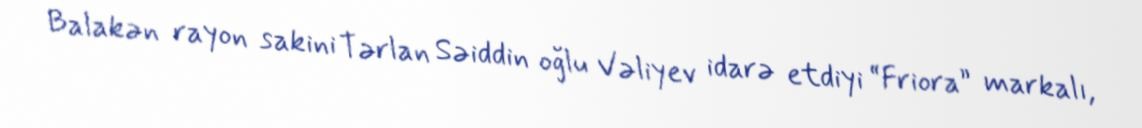
Balakən rayon sakini Tərlan Səiddin oğlu Vəliyev idarə etdiyi “Friora” markalı,